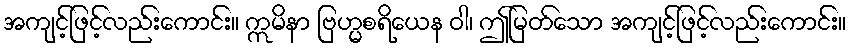
အကျင့်ဖြင့်လည်းကောင်း။ ဣမိနာ ဗြဟ္မစရိယေန ဝါ၊ ဤမြတ်သော အကျင့်ဖြင့်လည်းကောင်း။